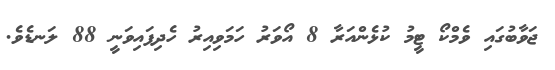
ޖަވާބުގައި ވެމްކޯ ޓީމު ކުޅެންއަރާ 8 އޯވަރު ހަމަވިއިރު ހެދިފައިވަނީ 88 ލަނޑެވެ.